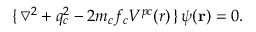
\{ \, \bigtriangledown ^ { 2 } + q _ { c } ^ { 2 } - 2 m _ { c } f _ { c } V ^ { p c } ( r ) \, \} \, \psi ( \mathbf { r } ) = 0 .